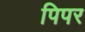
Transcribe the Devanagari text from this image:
पिपर